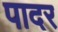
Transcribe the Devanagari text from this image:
पादर